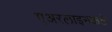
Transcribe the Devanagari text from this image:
एअरलाइनकडे